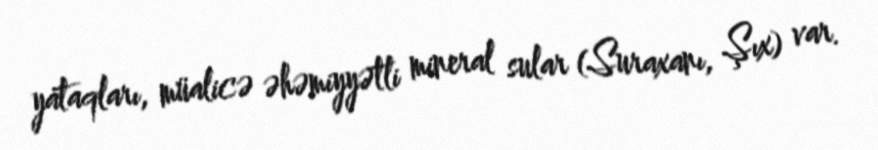
yataqları, müalicə əhəmiyyətli mineral sular (Suraxanı, Şıx) var.